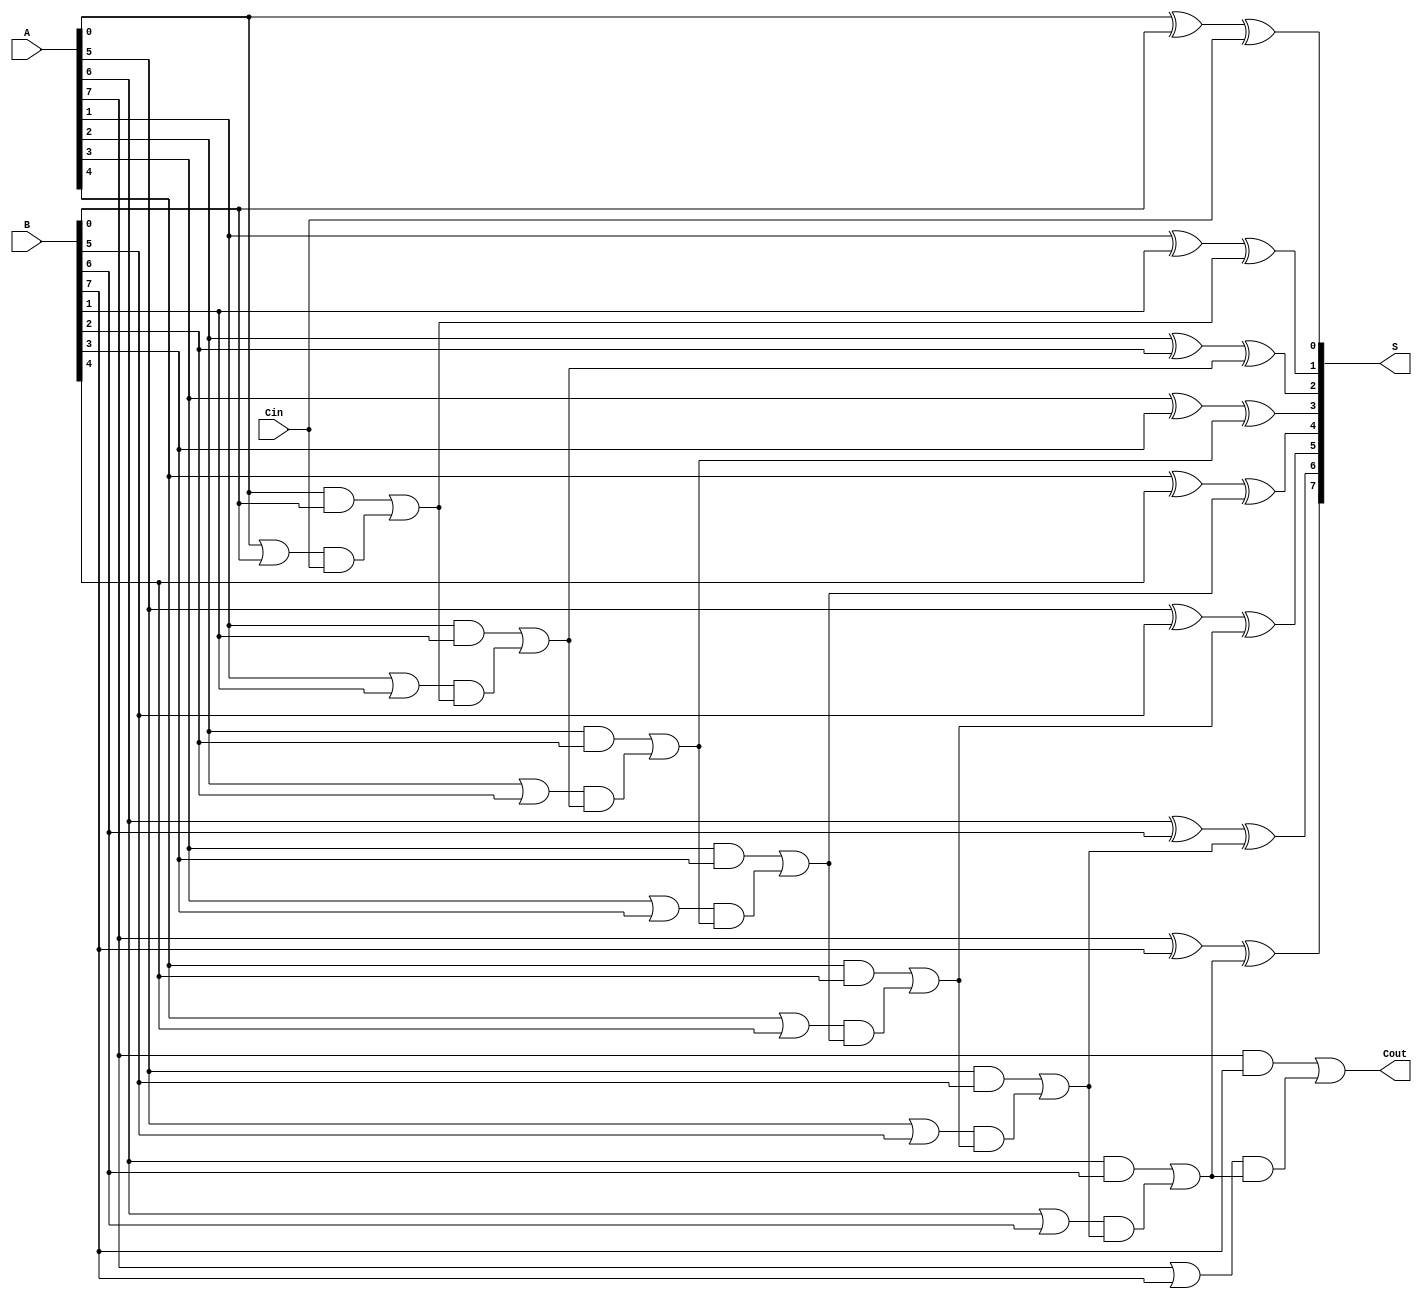
module SklanskyAdder #(
    parameter n = 8  // Parameter for bit-width
)(
    input  [n-1:0] A,      // First input operand
    input  [n-1:0] B,      // Second input operand
    input        Cin,       // Carry-in
    output [n-1:0] S,       // Sum output
    output       Cout       // Carry-out
);

    // Internal signals for generate and propagate
    wire [n-1:0] G; // Generate signals
    wire [n-1:0] P; // Propagate signals
    wire [n:0] C; // Carry signals

    // Generate and Propagate signal computation
    genvar i;
    generate
        for (i = 0; i < n; i = i + 1) begin: generate_propagate
            assign G[i] = A[i] & B[i];       // Generate
            assign P[i] = A[i] | B[i];       // Propagate
        end
    endgenerate

    // Carry signal computation using Sklansky logic
    assign C[0] = Cin; // Initial carry-in

    generate
        for (i = 1; i <= n; i = i + 1) begin: carry_generate
            // Calculate carry using Sklansky adder logic
            assign C[i] = G[i-1] | (P[i-1] & C[i-1]);
        end
    endgenerate

    // Sum computation
    generate
        for (i = 0; i < n; i = i + 1) begin: sum_compute
            assign S[i] = A[i] ^ B[i] ^ C[i]; // Sum
        end
    endgenerate

    // Final carry-out assignment
    assign Cout = C[n];

endmodule